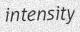
intensity